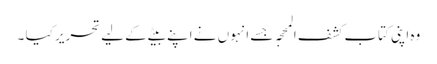
وہ اپنی کتاب کشف المحجہ جسے انہوں نے اپنے بیٹے کے لیے تحریر کیا ۔